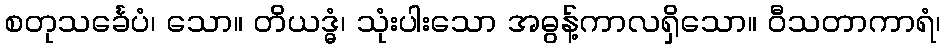
စတုသင်္ခေပံ၊ သော။ တိယဒ္ဓံ၊ သုံးပါးသော အဓွန့်ကာလရှိသော။ ဝီသတာကာရံ၊